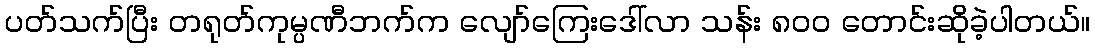
ပတ်သက်ပြီး တရုတ်ကုမ္ပဏီဘက်က လျော်ကြေးဒေါ်လာ သန်း ၈၀၀ တောင်းဆိုခဲ့ပါတယ်။